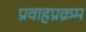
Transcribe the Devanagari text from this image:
प्रवाहप्रक्रम